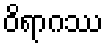
ဝိရာဂဿ